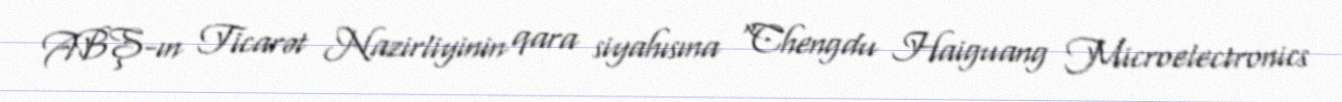
ABŞ-ın Ticarət Nazirliyinin qara siyahısına "Chengdu Haiguang Microelectronics